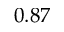
0 . 8 7